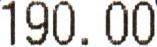
190.00